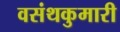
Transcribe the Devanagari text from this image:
वसंथकुमारी